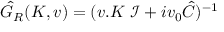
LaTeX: \hat { G } _ { R } ( K , v ) = ( v . K \ { \mathcal { I } } + i v _ { 0 } \hat { C } ) ^ { - 1 }